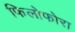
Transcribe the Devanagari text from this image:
फिलोफोरा